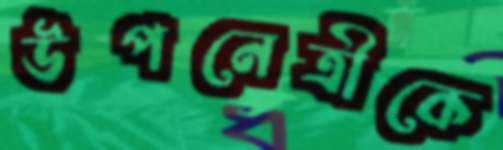
উপনেত্রীকে